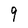
Character: 9